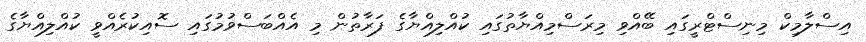
އިސްލާމިކް މިނިސްޓްރީގައި ބޭއްވި މިރަސްމިއްޔާތުގައި ކުއްލިއްޔާގެ ފަރާތުން މި އެއްބަސްވުމުގައި ސޮއިކުރެއްވީ ކުއްލިއްޔާގެ